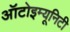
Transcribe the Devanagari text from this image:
ऑटोइम्यूनिटी